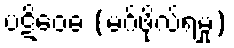
ပဋိဝေဓ (မဂ်ဖိုလ်ရမှု)